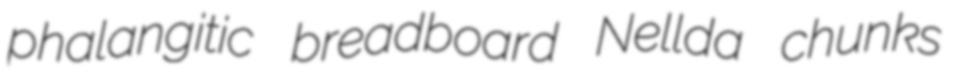
phalangitic breadboard Nellda chunks